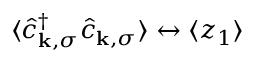
\langle \hat { c } _ { { \mathbf { k } } , \sigma } ^ { \dagger } \hat { c } _ { { \mathbf { k } } , \sigma } \rangle \leftrightarrow \langle z _ { 1 } \rangle